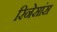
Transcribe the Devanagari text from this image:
रिनेसांस